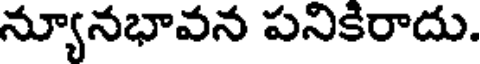
న్యూనభావన పనికిరాదు.